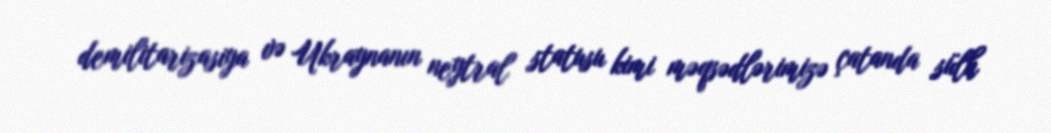
demilitarizasiya və Ukraynanın neytral statusu kimi məqsədlərimizə çatanda sülh